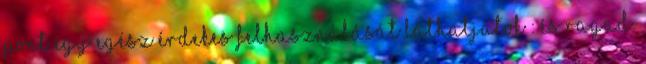
pont egy egész érdekes felhasználását láthatjátok : És ragad.